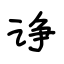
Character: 诤